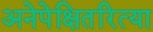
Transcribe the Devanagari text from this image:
अनेपेक्षितरित्या